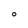
Character: O